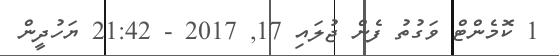
1 ކޮމެންޓް ވަގުތު ފެން ޖުލައި 17